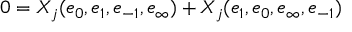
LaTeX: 0 = X _ { j } ( e _ { 0 } , e _ { 1 } , e _ { - 1 } , e _ { \infty } ) + X _ { j } ( e _ { 1 } , e _ { 0 } , e _ { \infty } , e _ { - 1 } )